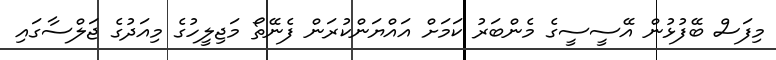
މިފަސް ބޭފުޅުން އޭސީސީގެ މެންބަރު ކަމަށް އައްޔަންކުރަން ފެނޭތޯ މަޖިލީހުގެ މިއަދުގެ ޖަލްސާގައި